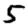
Digit: 5